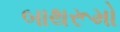
બાથરૂમો